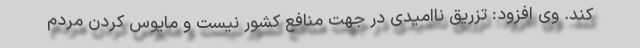
کند. وی افزود: تزریق ناامیدی در جهت منافع کشور نیست و مایوس کردن مردم